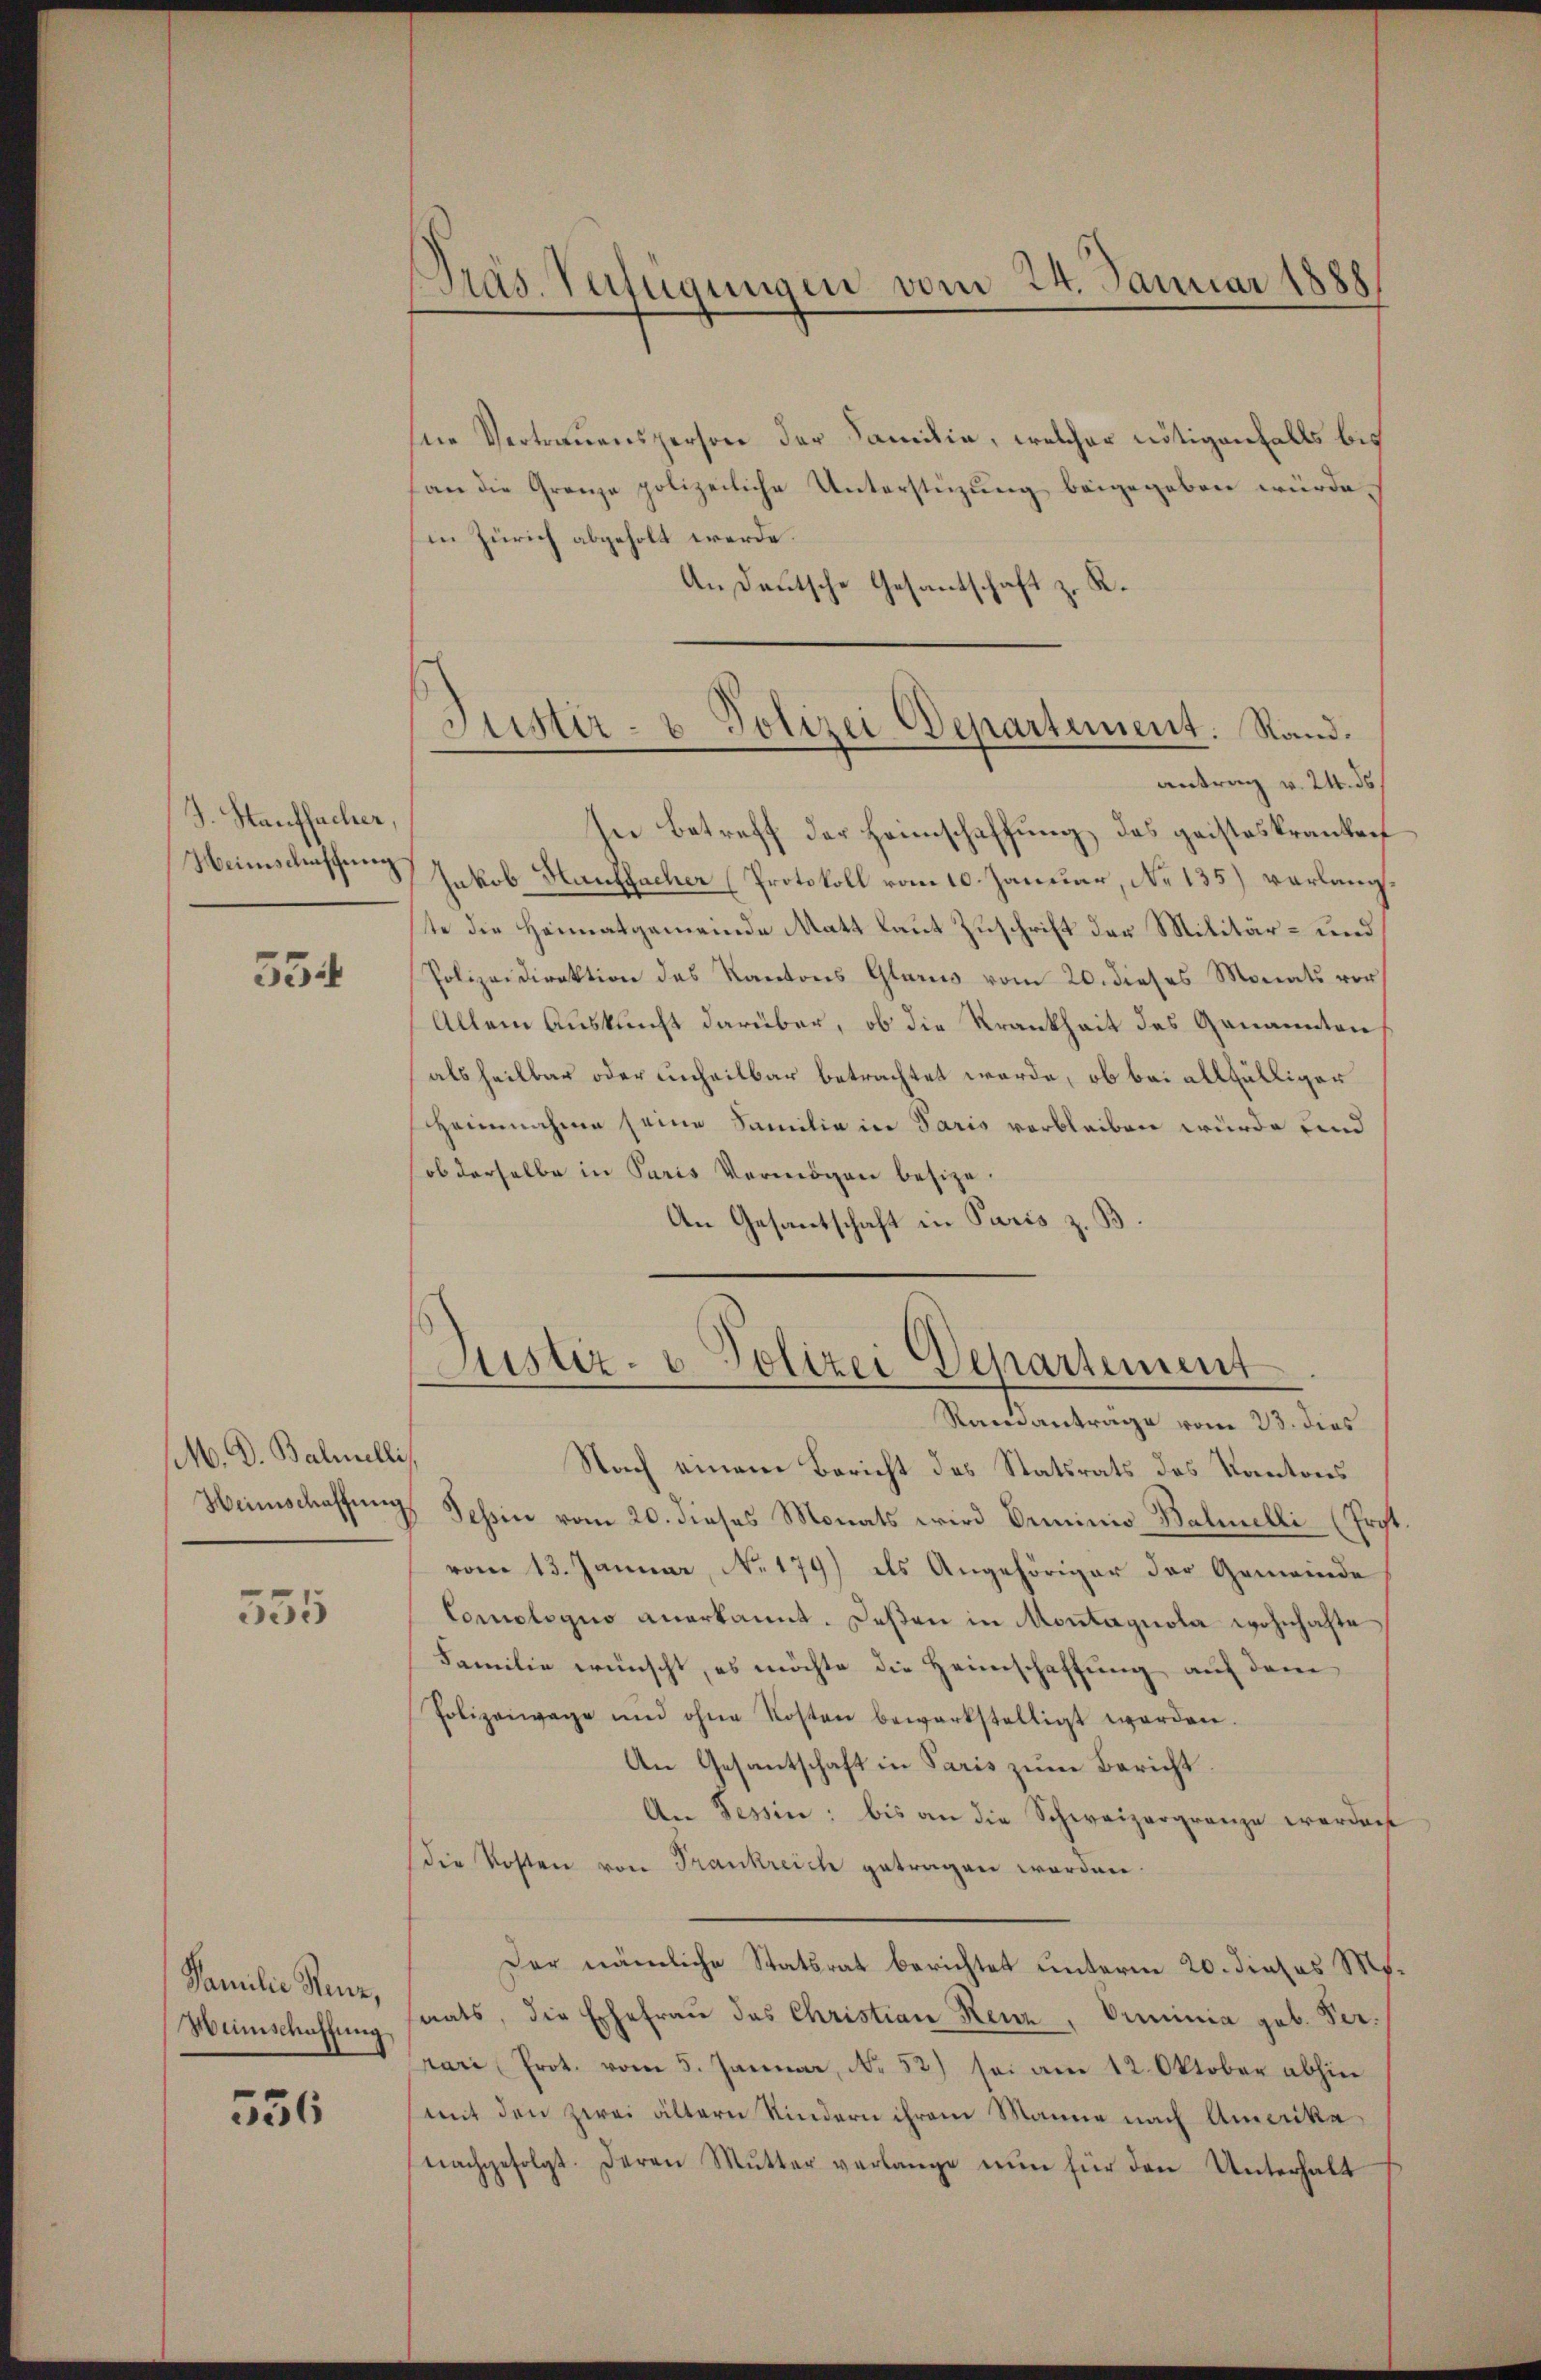
J. Stauffacher,
Weinschaffung

534

M. D. Balmelli
Heimschaffung

555

Familie Reue,
Wünschaffung

536

Präs. Verfügungen vom 24. Januar 1888

hne Vertrauensperson der Familie, welcher nötigenfalls bis
an die Grenze polizeiliche Unterstüzung beigegeben würde.
in Zürich abgeholt werde.
A.
An Deutsche Gesandschaft zu
In Betreff der Heimschaffung des geisteskranken
Jakob Hauffacher (Protokoll vom 10. Januar, No 135) verlangte die Heimatgemeinde Matt laut Zuschrift der Militär- und
Polizeidirektion des Kantons Glarus vom 20. dieses Monats vor
Allein Auskunft darüber, ob die Krankheit des Genannten
als heilbar oder unheilbar betrachtet werde, ob bei allfälliger
Heimnahme seine Familia in Paris verbleiben würde und
ob derselbe in Paris Vermögen besize.
An Gesantschaft in Paris z. B.

Justiz- & Polizei Departement. Rand.
antrag v. 24. ds.

Justiz- & Polizei Departement

Standantrage vom 23. dies
Nach einem Bericht des Statsrats des Kantons
Tessin vom 20. dieses Monats wird Deminio Balmelli (Ergt.
vom 13. Januar, No. 179) als Angehöriger der Gemeinde
Comologus anerkannt. Deßen in Montagnola wohnhafte
Familie wünscht, es möchte die Heimschaffung auf dem
Polizeiwage und ohne Kosten bewerkstelligt werden.
An Gesantschaft in Paris zum Bericht
An Tessin: bis an die Schweizergränze werden
die Kosten von Frankreich getragen worden.
Der nämliche Statsrat berichtet unterm 20. dieses M.
saats, die Ehefrau des Christian Renz, Orminia geb. Verrari Prot. vom 5. Januar, No. 52) sei am 12. Oktober abhin
(mit den zwei ältern Kindern ihrem Manne nach Amerika
nachgefolgt. Deren Mutter verlange nun für den Unterhalt